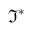
{ \mathfrak { I } } ^ { * }